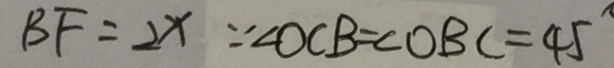
B F = 2 x \because \angle O C B = \angle O B C = 4 5